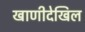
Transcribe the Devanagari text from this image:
खाणीदेखिल